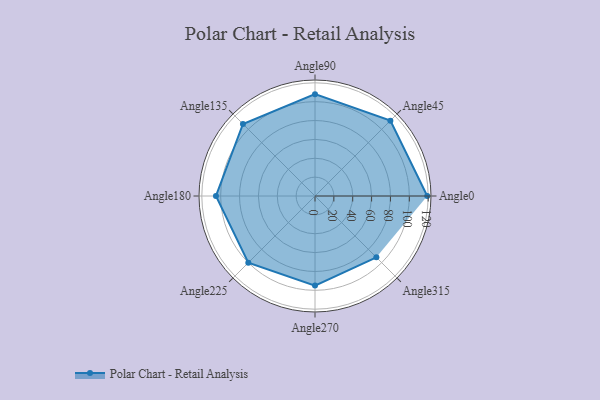
{"axis": {"x": "Angle", "y": "Radius"}, "legend": [""], "data": [{"x": "Angle0", "y": 119.0, "type": ""}, {"x": "Angle45", "y": 113.0, "type": ""}, {"x": "Angle90", "y": 108.0, "type": ""}, {"x": "Angle135", "y": 108.0, "type": ""}, {"x": "Angle180", "y": 105.0, "type": ""}, {"x": "Angle225", "y": 100.0, "type": ""}, {"x": "Angle270", "y": 95.0, "type": ""}, {"x": "Angle315", "y": 92.0, "type": ""}]}